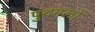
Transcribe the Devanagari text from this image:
पुदगलों